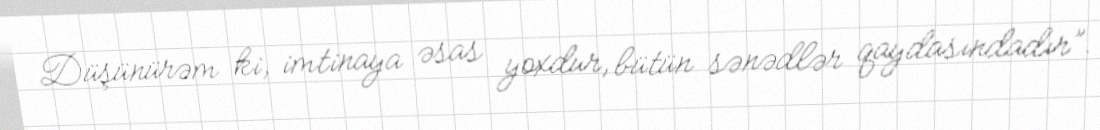
Düşünürəm ki, imtinaya əsas yoxdur, bütün sənədlər qaydasındadır”.